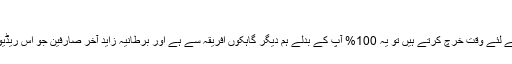
کیوں ہم:
میرے خیال میں اگر آپ کو معلوم ہے اس کی مصنوعات کو حاصل کرنے کے لئے وقت خرچ کرتے ہیں تو یہ 100% آپ کے بدلے ہم دیگر گاہکوں افریقہ سے ہے اور برطانیہ زاید آخر صارفین جو اس ریڈیو کو فروغ دینے کے لئے صرف 4 مہینے گزارے تھے کیونکہ ہونا چاہئے ۔